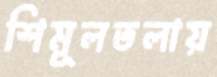
শিমূলতলায়